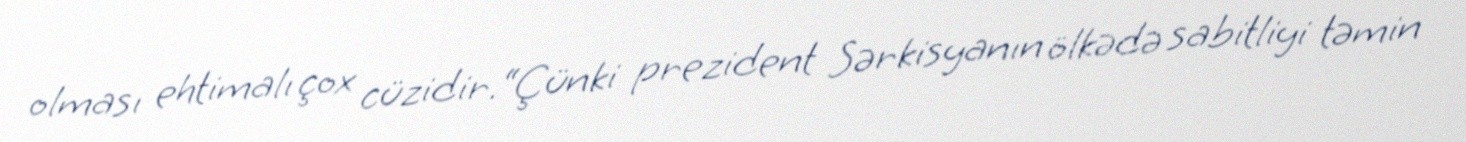
olması ehtimalı çox cüzidir.“Çünki prezident Sərkisyanın ölkədə sabitliyi təmin